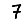
Digit: 7